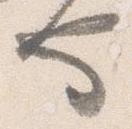
也